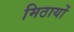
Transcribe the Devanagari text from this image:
मिठायों